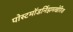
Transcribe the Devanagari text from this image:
पोस्टमॉडर्निझमखेरिज